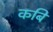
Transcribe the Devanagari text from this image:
कबि